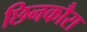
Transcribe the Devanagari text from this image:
छिनकौरा